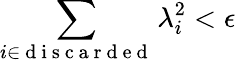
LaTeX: \sum_{i\in\mathrm{~d~i~s~c~a~r~d~e~d~}}\lambda_{i}^{2}<\epsilon